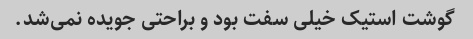
گوشت استیک‌ خیلی سفت بود و‌ براحتی جویده نمی‌شد.